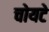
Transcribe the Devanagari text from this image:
चोयटे